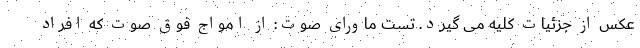
عکس از جزئیات کلیه می گیرد. تست ماورای صوت: از امواج فوق صوت که افراد